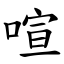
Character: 喧